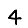
Digit: 4